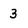
Character: 3